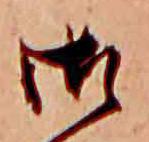
御